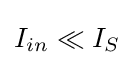
I_{in}\ll I_{S}